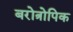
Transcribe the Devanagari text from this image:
बरोत्रोपिक